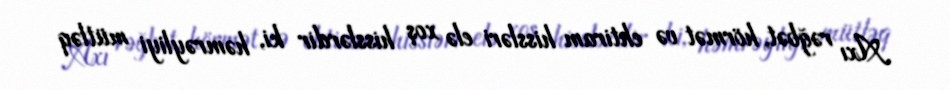
Axı rəğbət, hörmət və ehtiram hissləri elə xoş hisslərdir ki, həmrəyliyi mütləq